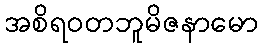
အစိရဝတဘူမိဇနာမော